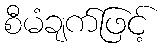
စီမံချက်ဖြင့်